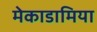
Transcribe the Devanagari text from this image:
मेकाडामिया